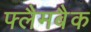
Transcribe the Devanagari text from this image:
फ्लैमबैक